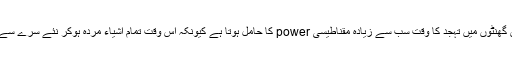
وہ جانتے تھے کہ چوبیس گھنٹوں میں تہجد کا وقت سب سے زیادہ مقناطیسی power کا حامل ہوتا ہے کیونکہ اس وقت تمام اشیاء مردہ ہوکر نئے سرے سے زندگی حاصل کرتی ہیں۔